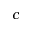
c